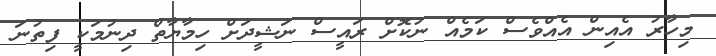
މިހާރު އެއިން އެއްވެސް ކަމެއް ނުކޮށް ރައީސް ނަޝީދަށް ހިމާޔާތް ދިނުމަކީ ފިތުނަ